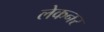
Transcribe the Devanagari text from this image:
लेकनर